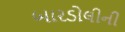
બારડોલીની